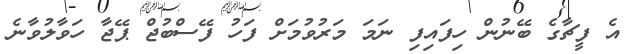
އެ ފީޗާގެ ބޭނުން ހިފައިފި ނަމަ މަރުވުމަށް ފަހު ފޭސްބުޖް ޕޭޖާ ހަވާލުވާނެ